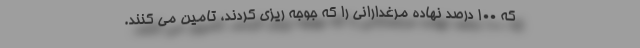
که ۱۰۰ درصد نهاده مرغدارانی را که جوجه ریزی کردند، تامین می کنند.